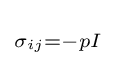
\scriptstyle \sigma _{ij}=-pI